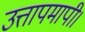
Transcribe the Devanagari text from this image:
उत्तापमापी।